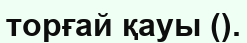
торғай қауы ().